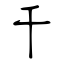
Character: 千